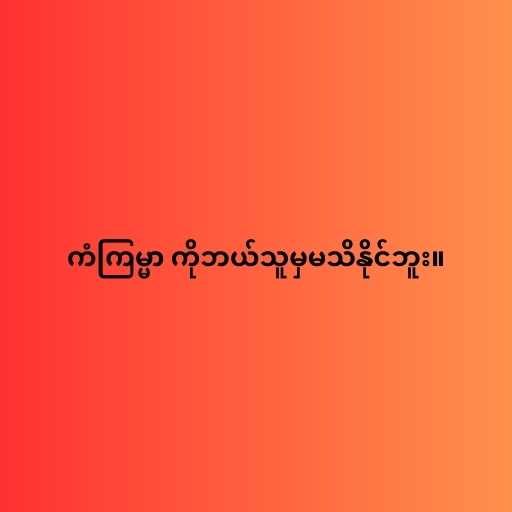
ကံကြမ္မာ ကိုဘယ်သူမှမသိနိုင်ဘူး။